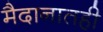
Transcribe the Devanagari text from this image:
मैदानातही